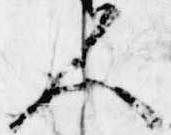
人